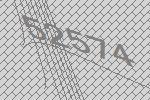
52574